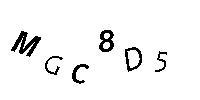
MGC8D5